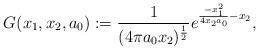
LaTeX: \begin{align*}G(x_1, x_2, a_0) := \frac{1}{(4 \pi a_0 x_2)^{\frac{1}{2}}} e^{\frac{-x_1^2}{4 x_2 a_0} - x_2},\end{align*}